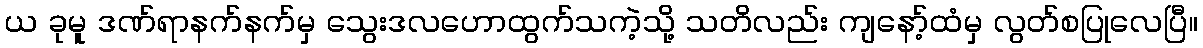
ယ ခုမူ ဒဏ်ရာနက်နက်မှ သွေးဒလဟောထွက်သကဲ့သို့ သတိလည်း ကျနော့်ထံမှ လွတ်စပြုလေပြီ။